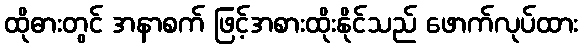
ထိုဓားတွင် အနာစက် ဖြင့်အစားထိုးနိုင်သည် ဖောက်လုပ်ထား